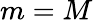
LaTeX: m=M